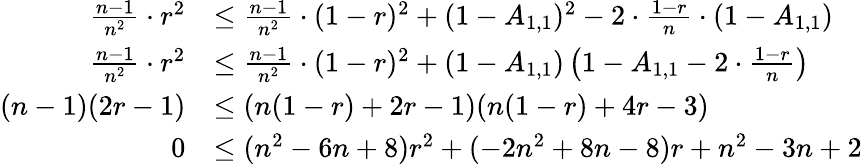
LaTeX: \begin{array}{rl}{\frac{n-1}{n^{2}}\cdot r^{2}}&{\leq\frac{n-1}{n^{2}}\cdot(1-r)^{2}+(1-A_{1,1})^{2}-2\cdot\frac{1-r}{n}\cdot(1-A_{1,1})}\\ {\frac{n-1}{n^{2}}\cdot r^{2}}&{\leq\frac{n-1}{n^{2}}\cdot(1-r)^{2}+(1-A_{1,1})\left(1-A_{1,1}-2\cdot\frac{1-r}{n}\right)}\\ {(n-1)(2r-1)}&{\leq(n(1-r)+2r-1)(n(1-r)+4r-3)}\\ {0}&{\leq(n^{2}-6n+8)r^{2}+(-2n^{2}+8n-8)r+n^{2}-3n+2}\end{array}